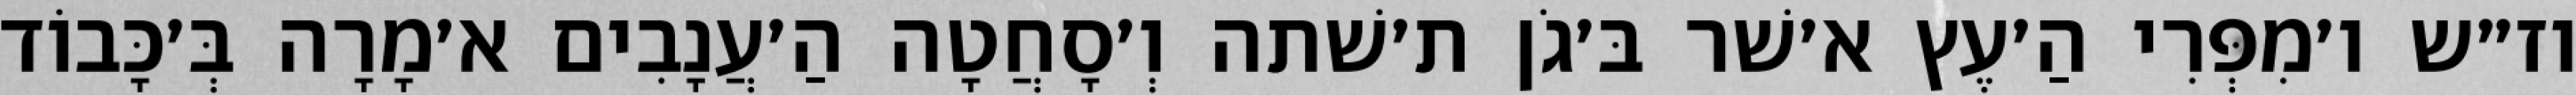
וז״ש ו׳מִפְּרִי הַ׳עֶץ א׳שׁר בּ׳גֹן ת׳שׁתה וְ׳סָחֲטָה הַ׳עֲנָבִים א׳מָרָה בְּ׳כָּבוֹד